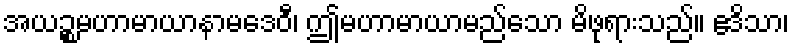
အယဉ္စမဟာမာယာနာမဒေဝီ၊ ဤမဟာမာယာမည်သော မိဖုရားသည်။ ဧဒိသာ၊